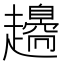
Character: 𧾫